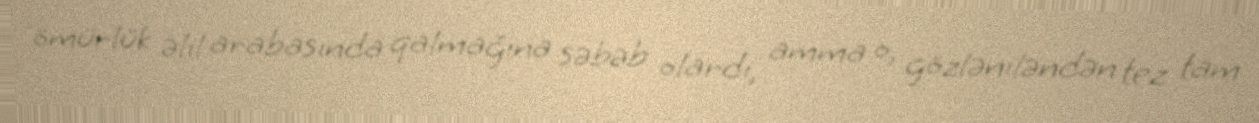
ömürlük əlil arabasında qalmağına səbəb olardı, amma o, gözləniləndən tez tam